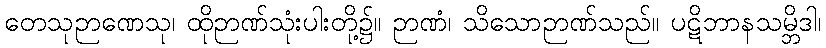
တေသုဉာဏေသု၊ ထိုဉာဏ်သုံးပါးတို့၌။ ဉာဏံ၊ သိသောဉာဏ်သည်။ ပဋိဘာနသမ္ဘိဒါ၊